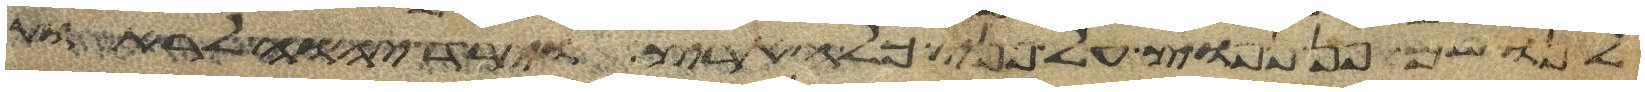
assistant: לנו שם פן נפוץ על פני כל הארץ וירד יהוה לראות